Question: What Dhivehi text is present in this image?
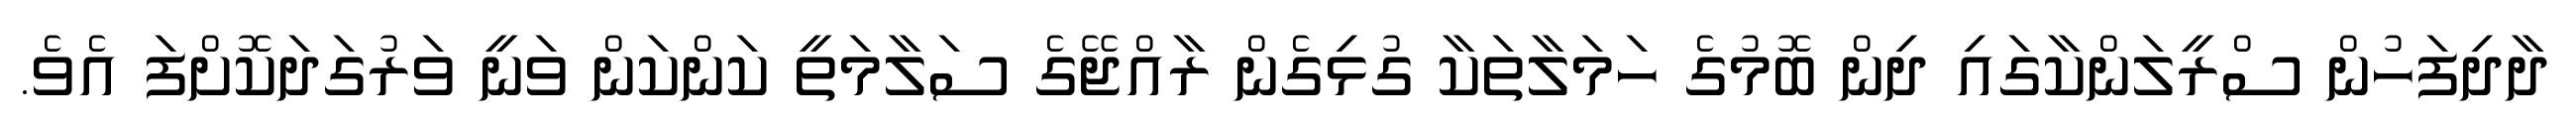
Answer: ދާދިފަހުން ސްރީލަންކާގައި ދިން ބޮމުގެ ހަމަލާތަކާ ގުޅިގެން ރާއްޖޭގެ ސަލާމަތީ ކަންކަން ވަނީ ވަރުގަދަކޮށްފަ އެވެ.